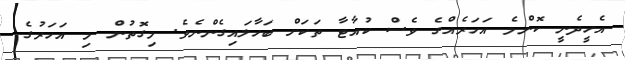
އެހީދެނީ ކޮންމެ އަހަރެއްގެ ވެސް ކުއާޓާ ތަކަށް ބަހާލައިގެންނެވެ. މިގޮތުން މި އަހަރުގެ